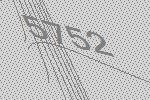
5752